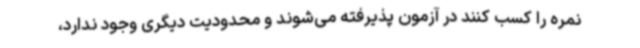
نمره را کسب کنند در آزمون پذیرفته می‌شوند و محدودیت دیگری وجود ندارد،